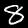
Digit: 8